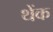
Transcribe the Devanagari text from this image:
थेंक